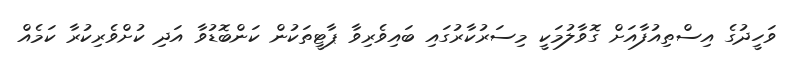
ވަހީދުގެ އިސްތިއުފާއަށް ގޮވާލުމަކީ މިސަރުކާރުގައި ބައިވެރިވާ ޕާޓީތަކުން ކަންބޮޑުވާ އަދި ކުށްވެރިކުރާ ކަމެއް